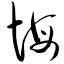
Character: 悔